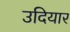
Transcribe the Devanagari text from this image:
उदियार